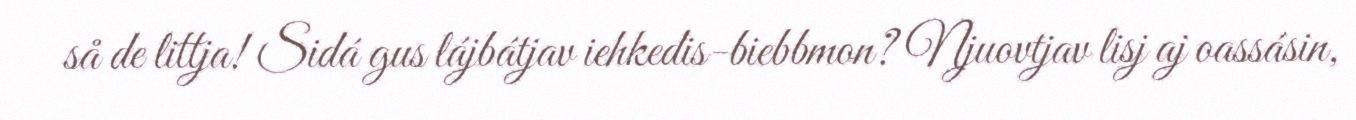
så de littja! Sidá gus lájbátjav iehkedis-biebbmon? Njuovtjav lisj aj oassásin,